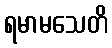
ရမာမသေတိ